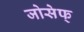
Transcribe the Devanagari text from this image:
जोसेफ्